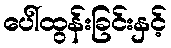
ပေါ်ထွန်းခြင်းနှင့်